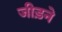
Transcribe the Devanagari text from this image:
जीड़ने